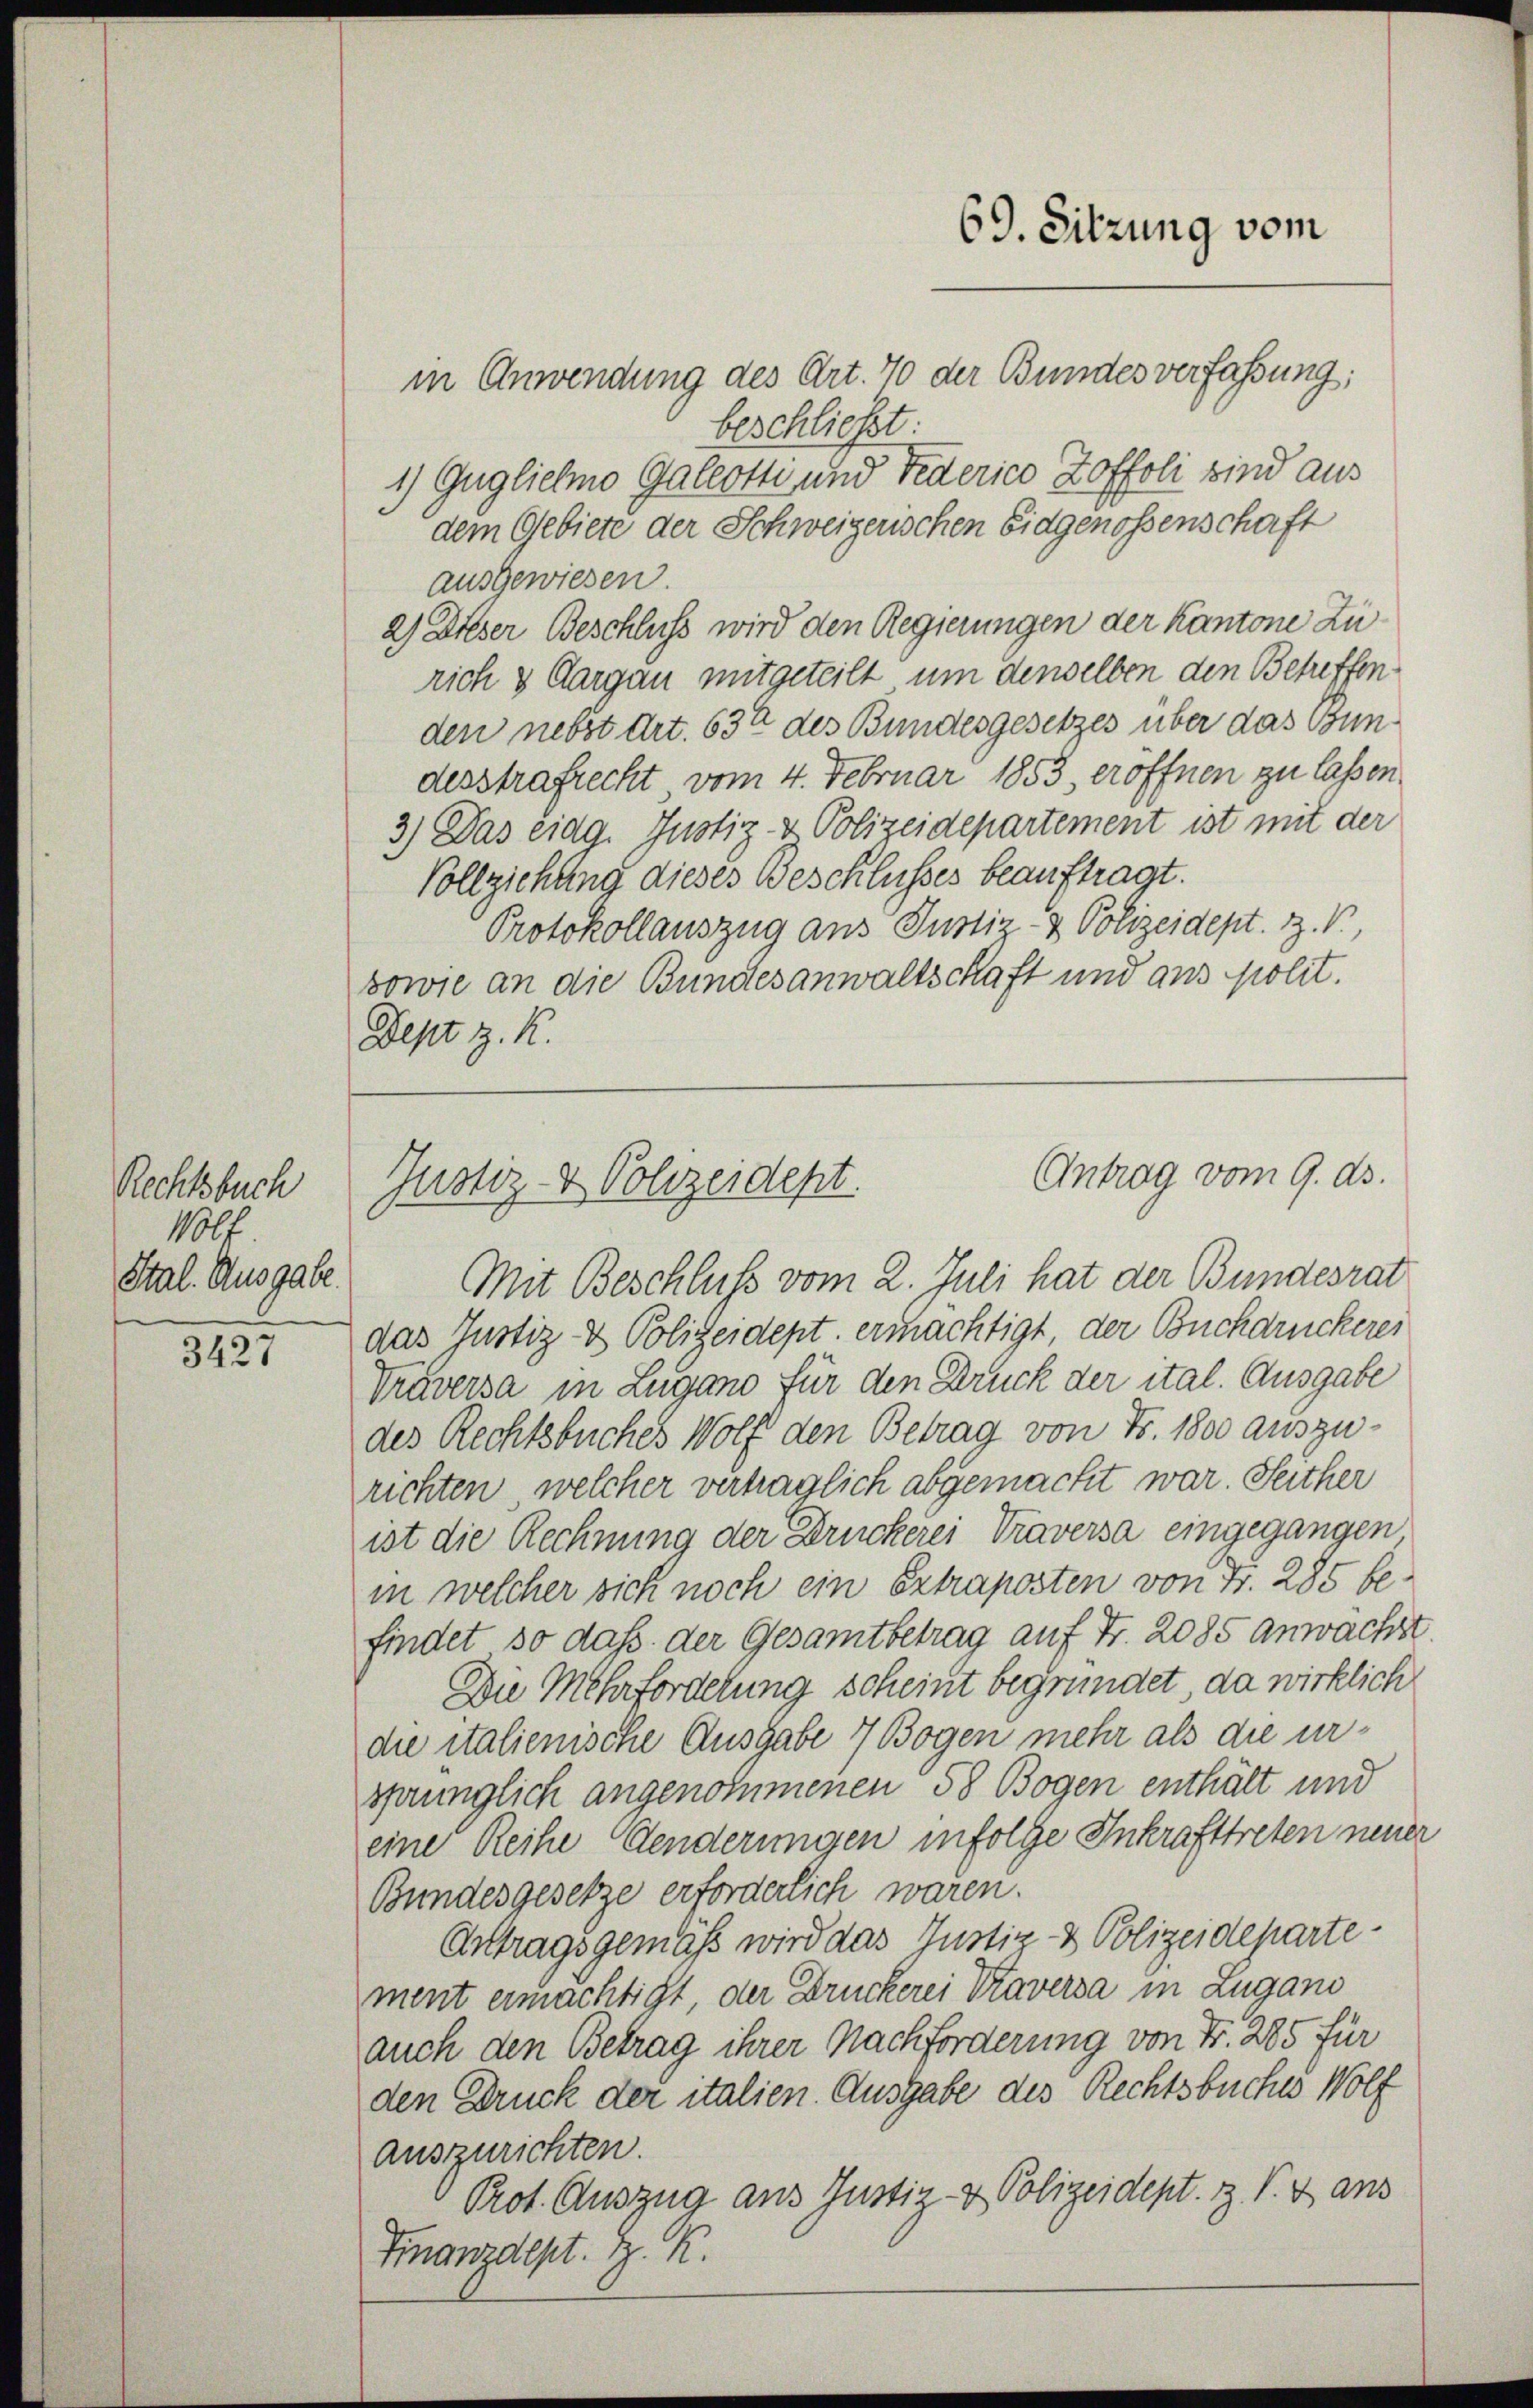
Rechtsbuch
100f
Stal. Ausgabe.

3427

in Anwendung des Art. 70 der Bundes verfassung:
beschlicht
1) Güglichne Galeotti und Federico Zoffoli sind aus
dem Gebiete der Schweizerischen Eidgenossenschaft
ausgewiesen.
2) Dieser Beschluss wird den Regierungen der Kantone Zurich & Aargau mitgeteilt, um denselben den Betreffenden nebst Art. 634 des Bundesgesetzes über das Bundesstrafrecht vom 4. Februar 1853, eröffnen zu lassen.
3) Das eidg. Justiz- & Polizeidepartement ist mit der
Vollziehung dieses Beschlusses beauftragt.
Protokollauszug aus Justiz- & Polizeidept. Z. V.,
sowie an die Bundesanwaltschaft und aus polit.
Dept z. K.

Mit Beschluß vom 2. Juli hat der Bundesrat
das Justiz- & Polizeidept. ermächtigt, der Buchdruckerei
Präversa in Zugano für den Druck der ital. Ausgabe
des Rechtsbuches Wolf den Betrag von Fr. 1800 auszurichten, welcher vertraglich abgemacht war. Seither
ist die Rechnung der Druckerei Traversa eingegangen
in welcher sich noch ein Extraposten von Fr. 285 be-
findet so daß der Gesamtbetrag auf Fr. 2085 anwachst
Die Mehrforderung scheint begründet, da wirklich
die italienische Ausgabe 7 Bogen mehr als die ursprünglich angenommenen 58 Bogen enthält und
eine Reihe Aenderungen infolge Inkrafttreten neuer
Bundesgesetze erforderlich waren.
Arttragsgemäß wird das Justiz- & Polizeidepartement ermächtigt, der Druckerei Traversa in Zugano
auch den Betrag ihrer Nachforderung von Fr. 285 für
den Druck der italien. Ausgabe des Rechtsbuches Wolf
auszurichten.
Prot. Auszug aus Justiz- & Polizeidept. Z. V. aus
Finanzdept. Z. K.

69. Sitzung vom

Antrag vom 9. ds.
Justiz- & Polizeidept.